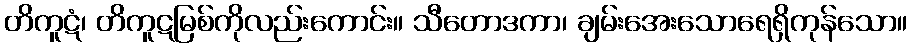
တိကူဋံ၊ တိကူဋမြစ်ကိုလည်းကောင်း။ သီတောဒကာ၊ ချမ်းအေးသောရေရှိကုန်သော။